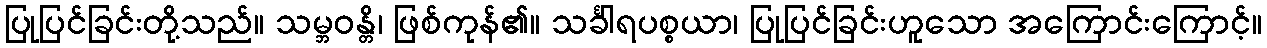
ပြုပြင်ခြင်းတို့သည်။ သမ္ဘဝန္တိ၊ ဖြစ်ကုန်၏။ သင်္ခါရပစ္စယာ၊ ပြုပြင်ခြင်းဟူသော အကြောင်းကြောင့်။